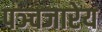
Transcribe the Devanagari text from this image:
पञ्चजारेय